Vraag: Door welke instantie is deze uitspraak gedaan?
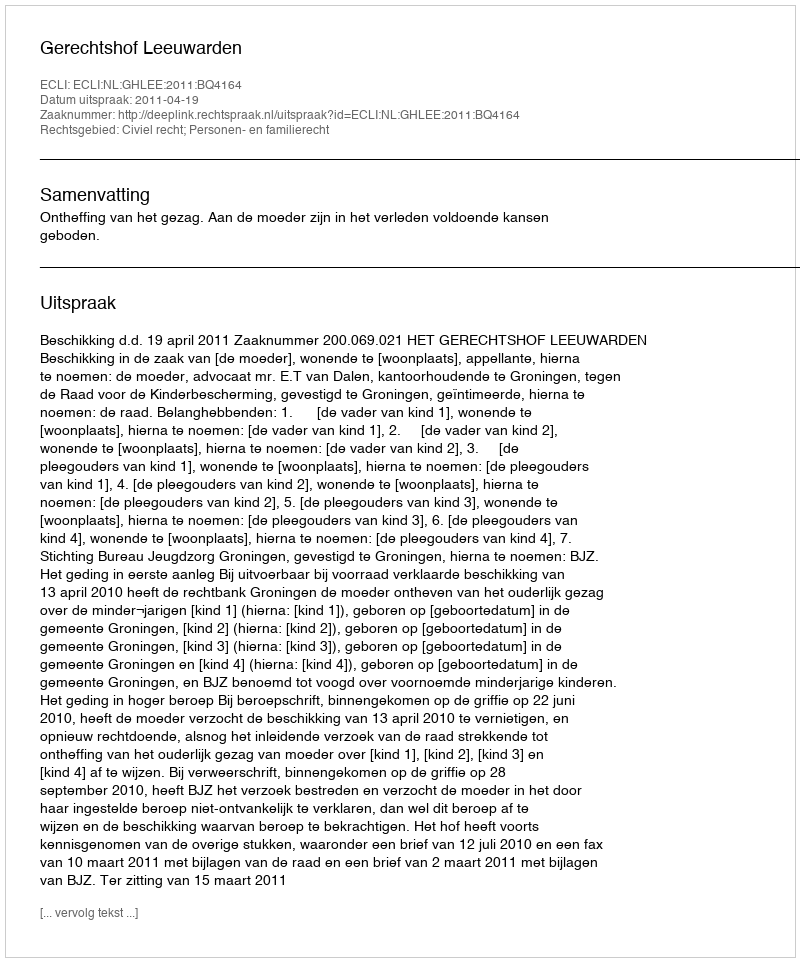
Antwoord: Gerechtshof Leeuwarden